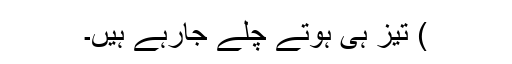
) تیز ہی ہوتے چلے جارہے ہیں۔